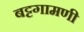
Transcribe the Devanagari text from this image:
बट्टगामणी